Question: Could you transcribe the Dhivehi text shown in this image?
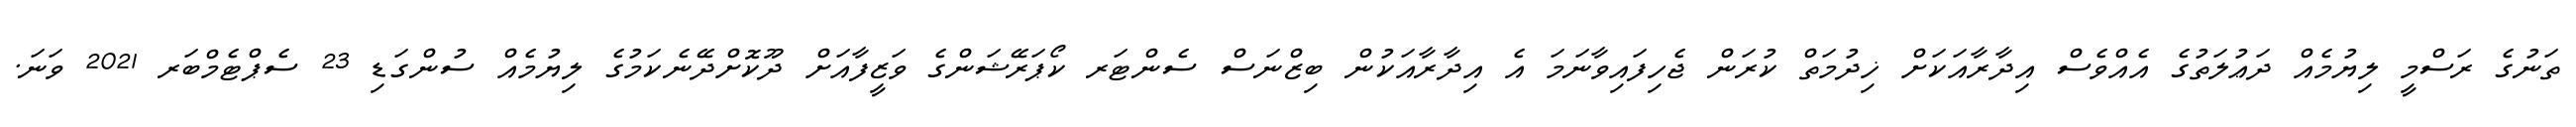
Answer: ތަނުގެ ރަސްމީ ލިޔުމެއް ދަޢުލަތުގެ އެއްވެސް އިދާރާއަކަށް ޚިދުމަތް ކުރަން ޖެހިފައިވާނަމަ އެ އިދާރާއަކުން ބިޒްނަސް ސެންޓަރ ކޯޕަރޭޝަންގެ ވަޒީފާއަށް ދޫކޮށްދޭނެކަމުގެ ލިޔުމެއް ސުންގަޑި 23 ސެޕްޓެމްބަރ 2021 ވަނަ.